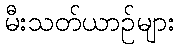
မီးသတ်ယာဉ်များ